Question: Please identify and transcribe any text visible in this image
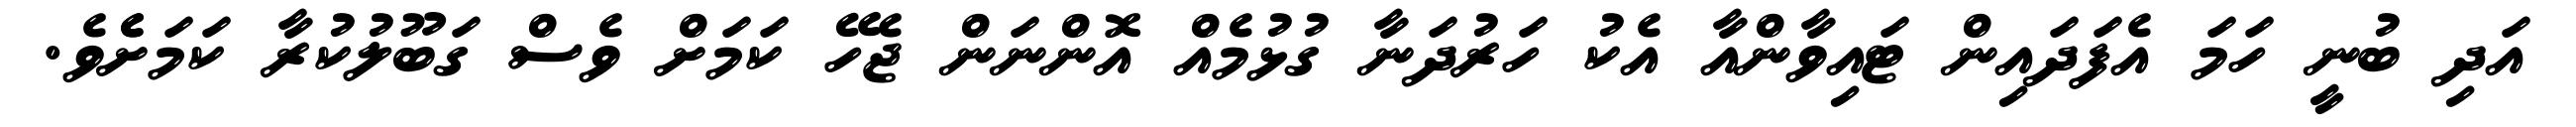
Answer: އަދި ބުނީ ހަމަ އެފަދައިން ޓައިވާންއާ އެކު ހަރުދަނާ ގުޅުމެއް އޮންނަން ޖެހޭ ކަމަށް ވެސް ގަބޫލުކުރާ ކަމަށެެވެ.